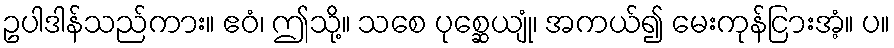
ဥပါဒါန်သည်ကား။ ဧဝံ၊ ဤသို့။ သစေ ပုစ္ဆေယျုံ၊ အကယ်၍ မေးကုန်ငြားအံ့။ ပ။